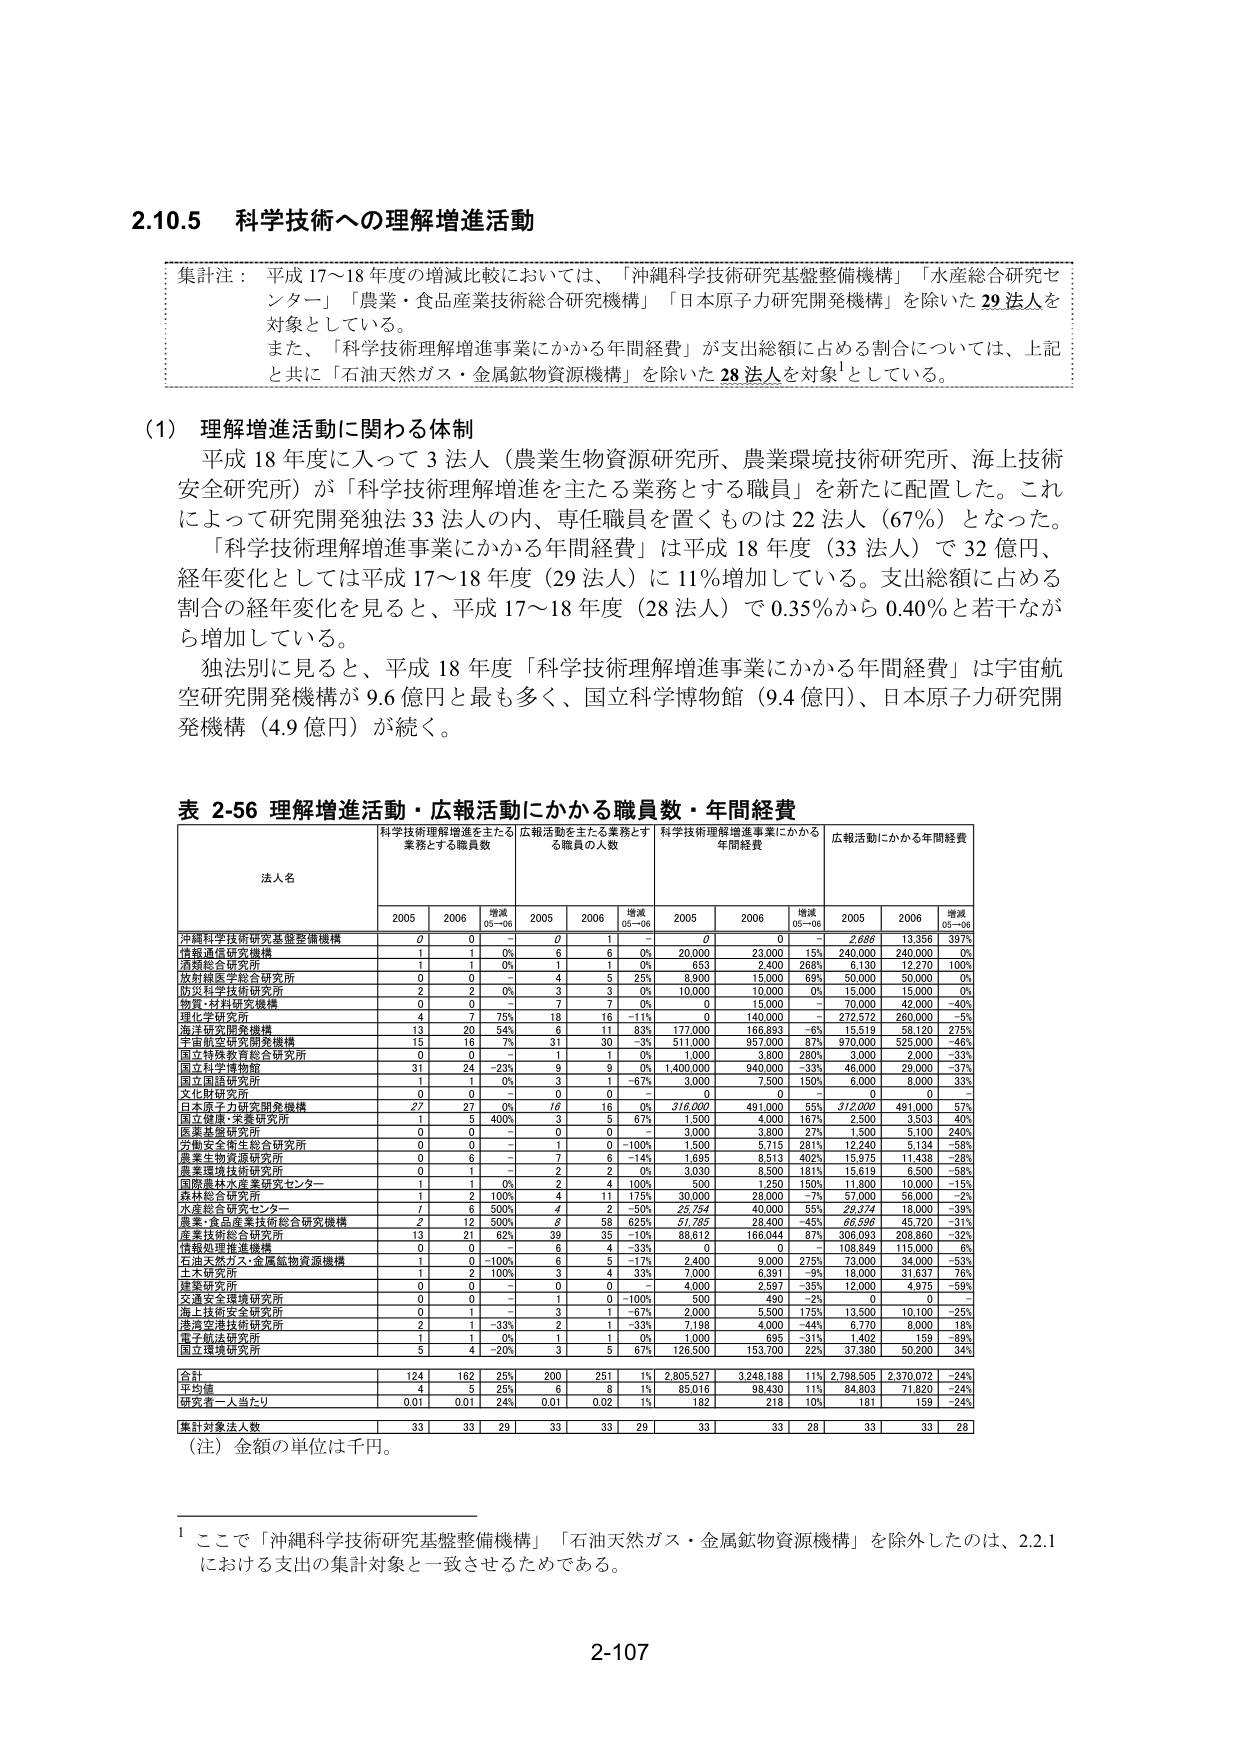
2.10.5 科学技術への理解増進活動

集計注： 平成17～18年度の増減比較においては、「沖縄科学技術研究基盤整備機構」「水産総合研究センター」「農業・食品産業技術総合研究機構」「日本原子力研究開発機構」を除いた29法人を対象としている。

また、「科学技術理解増進事業にかかる年間経費」が支出総額に占める割合については、上記と共に「石油天然ガス・金属鉱物資源機構」を除いた28法人を対象¹としている。

(1) 理解増進活動に関わる体制

平成18年度に入って3法人（農業生物資源研究所、農業環境技術研究所、海上技術安全研究所）が「科学技術理解増進を主たる業務とする職員」を新たに配置した。これによって研究開発独法33法人の内、専任職員を置くものは22法人（67%）となった。

「科学技術理解増進事業にかかる年間経費」は平成18年度（33法人）で32億円、経年変化としては平成17～18年度（29法人）に11%増加している。支出総額に占める割合の経年変化を見ると、平成17～18年度（28法人）で0.35%から0.40%と若干ながら増加している。

独法別に見ると、平成18年度「科学技術理解増進事業にかかる年間経費」は宇宙航空研究開発機構が9.6億円と最も多く、国立科学博物館（9.4億円）、日本原子力研究開発機構（4.9億円）が続く。

表 2-56 理解増進活動・広報活動にかかる職員数・年間経費

| 法人名 | 科学技術理解増進を主たる業務とする職員数 | 広報活動を主たる業務とする職員の人数 | 科学技術理解増進事業にかかる年間経費 | 広報活動にかかる年間経費 |
| :--- | :--- | :--- | :--- | :--- |
| | 2005 | 2006 | 増減05→06 | 2005 | 2006 | 増減05→06 | 2005 | 2006 | 増減05→06 | 2005 | 2006 | 増減05→06 |
| 沖縄科学技術研究基盤整備機構 | 0 | 0 | - | 0 | 1 | - | 0 | 0 | - | 2,686 | 13,356 | 397% |
| 情報通信研究機構 | 1 | 1 | 0% | 6 | 6 | 0% | 20,000 | 23,000 | 15% | 240,000 | 240,000 | 0% |
| 清掃総合研究所 | 1 | 1 | 0% | 1 | 1 | 0% | 653 | 2,400 | 268% | 6,130 | 12,270 | 100% |
| 放射線医学総合研究所 | 0 | 0 | - | 4 | 5 | 25% | 8,900 | 15,000 | 69% | 50,000 | 50,000 | 0% |
| 防災科学技術研究所 | 2 | 2 | 0% | 3 | 3 | 0% | 10,000 | 10,000 | 0% | 15,000 | 15,000 | 0% |
| 物質・材料研究機構 | 0 | 0 | - | 7 | 7 | 0% | 0 | 15,000 | - | 70,000 | 42,000 | -40% |
| 理化学研究所 | 4 | 7 | 75% | 18 | 16 | -11% | 0 | 140,000 | - | 272,572 | 260,000 | -5% |
| 海洋研究開発機構 | 13 | 20 | 54% | 6 | 11 | 83% | 177,000 | 166,893 | -6% | 15,519 | 58,120 | 275% |
| 宇宙航空研究開発機構 | 15 | 16 | 7% | 31 | 30 | -3% | 511,000 | 957,000 | 87% | 970,000 | 525,000 | -46% |
| 国立特殊教育総合研究所 | 0 | 0 | - | 1 | 1 | 0% | 1,000 | 3,800 | 280% | 3,000 | 2,000 | -33% |
| 国立科学博物館 | 31 | 24 | -23% | 9 | 9 | 0% | 1,400,000 | 940,000 | -33% | 46,000 | 29,000 | -37% |
| 国立国語研究所 | 1 | 1 | 0% | 3 | 1 | -67% | 3,000 | 7,500 | 150% | 6,000 | 8,000 | 33% |
| 文化財研究所 | 0 | 0 | - | 0 | 0 | - | 0 | 0 | - | 0 | 0 | - |
| 日本原子力研究開発機構 | 27 | 27 | 0% | 16 | 16 | 0% | 316,000 | 491,000 | 55% | 312,000 | 491,000 | 57% |
| 国立健康・栄養研究所 | 1 | 5 | 400% | 3 | 5 | 67% | 1,500 | 4,000 | 167% | 2,500 | 3,563 | 40% |
| 医薬基盤研究所 | 0 | 0 | - | 0 | 0 | - | 3,000 | 3,800 | 27% | 1,500 | 5,100 | 240% |
| 安衛生総合研究所 | 0 | 0 | - | 1 | 0 | -100% | 1,500 | 5,715 | 281% | 12,240 | 5,134 | -58% |
| 農業生物資源研究所 | 0 | 6 | - | 7 | 6 | -14% | 1,695 | 8,513 | 402% | 15,975 | 11,438 | -28% |
| 農業環境技術研究所 | 0 | 1 | - | 2 | 2 | 0% | 3,030 | 8,500 | 181% | 15,619 | 6,500 | -58% |
| 国際農林水産業研究センター | 1 | 1 | 0% | 2 | 4 | 100% | 500 | 1,250 | 150% | 11,800 | 10,000 | -15% |
| 森林総合研究所 | 1 | 2 | 100% | 4 | 11 | 175% | 30,000 | 28,000 | -7% | 57,000 | 58,000 | 2% |
| 水産総合研究センター | 7 | 6 | 500% | 4 | 2 | -50% | 25,754 | 40,000 | 55% | 29,374 | 18,000 | -39% |
| 農業・食品産業技術総合研究機構 | 2 | 12 | 500% | 8 | 58 | 625% | 57,785 | 28,400 | -45% | 66,596 | 45,720 | -31% |
| 産業技術総合研究所 | 13 | 21 | 62% | 39 | 35 | -10% | 88,612 | 166,044 | 87% | 306,093 | 208,860 | -32% |
| 情報処理推進機構 | 0 | 0 | - | 6 | 4 | -33% | 0 | 0 | - | 108,849 | 115,000 | 6% |
| 石油天然ガス・金属鉱物資源機構 | 1 | 0 | -100% | 6 | 5 | -17% | 2,400 | 9,000 | 275% | 73,000 | 34,000 | -53% |
| 土木研究所 | 1 | 2 | 100% | 3 | 4 | 33% | 7,000 | 6,391 | -9% | 18,000 | 31,637 | 76% |
| 建築研究所 | 0 | 0 | - | 0 | 0 | - | 4,000 | 2,597 | -35% | 12,000 | 4,975 | -59% |
| 交通安全環境研究所 | 0 | 0 | - | 1 | 0 | -100% | 500 | 490 | -2% | 0 | 0 | - |
| 海上技術安全研究所 | 0 | 1 | - | 3 | 1 | -67% | 2,000 | 5,500 | 175% | 13,500 | 10,100 | -25% |
| 港湾空港技術研究所 | 2 | 1 | -33% | 2 | 1 | -33% | 7,198 | 4,000 | -44% | 6,770 | 8,000 | 18% |
| 電子通信研究所 | 1 | 1 | 0% | 1 | 1 | 0% | 1,000 | 885 | -31% | 1,402 | 159 | -89% |
| 国立環境研究所 | 5 | 4 | -20% | 3 | 5 | 67% | 126,500 | 153,700 | 22% | 37,380 | 50,200 | 34% |
| 合計 | 124 | 162 | 25% | 200 | 251 | 1% | 2,805,527 | 3,248,188 | 11% | 2,798,505 | 2,370,072 | -24% |
| 平均値 | 4 | 5 | 25% | 6 | 8 | 1% | 85,016 | 98,430 | 11% | 84,803 | 71,820 | -24% |
| 研究者一人当たり | 0.01 | 0.01 | 24% | 0.01 | 0.02 | 1% | 182 | 218 | 10% | 181 | 159 | -24% |
| 集計対象法人数 | 33 | 33 | 29 | 33 | 33 | 29 | 33 | 33 | 28 | 33 | 33 | 28 |

（注）金額の単位は千円。

¹ ここで「沖縄科学技術研究基盤整備機構」「石油天然ガス・金属鉱物資源機構」を除外したのは、2.2.1における支出の集計対象と一致させるためである。

2-107